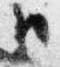
臣